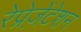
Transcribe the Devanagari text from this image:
रेप्रेज़ेंटेशन